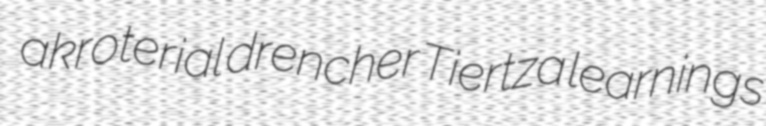
akroterial drencher Tiertza learnings